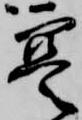
寔